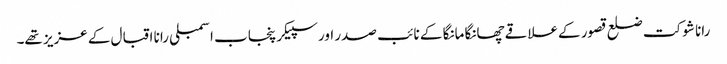
رانا شوکت ضلع قصور کےعلاقے چھانگا مانگا کے نائب صدر اور سپیکر پنجاب اسمبلی رانا اقبال کے عزیز تھے۔